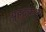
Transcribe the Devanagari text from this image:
बृहदुकथ्य